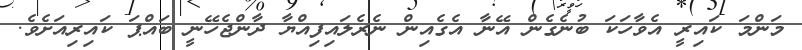
މަންމަ ކައިރީ އެވާހަކަ ބުނެގެން އޭނާ އެގެއިން ނެރެލައިފިއްޔާ ދާންޖެހޭނީ ބައްޕަ ކައިރިއަށެވެ.